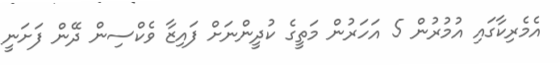
އެމެރިކާގައި އުމުރުން 5 އަހަރުން މަތީގެ ކުދީންނަށް ފައިޒާ ވެކްސިން ދޭން ފަށަނީ